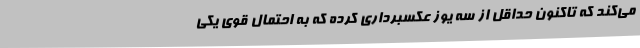
می‌کند که تاکنون حداقل از سه یوز عکسبرداری کرده که به احتمال قوی یکی